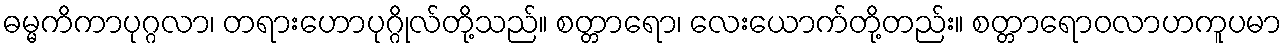
ဓမ္မကိကာပုဂ္ဂလာ၊ တရားဟောပုဂ္ဂိုလ်တို့သည်။ စတ္တာရော၊ လေးယောက်တို့တည်း။ စတ္တာရောဝလာဟကူပမာ